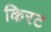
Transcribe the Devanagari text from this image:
किरट